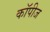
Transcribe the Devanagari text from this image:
कॉपीज